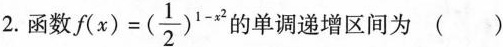
2.函数 $$f ( x ) = ( \frac { 1 } { 2 } ) ^ { 1 - x ^ { 2 } }$$ 的单调递增区间为()